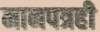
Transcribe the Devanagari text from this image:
मानपत्रही